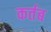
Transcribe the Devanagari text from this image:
कर्तब